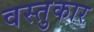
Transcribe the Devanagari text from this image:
वस्तुकार